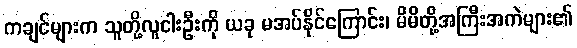
ကချင်များက သူတို့လူငါးဦးကို ယခု မအပ်နိုင်ကြောင်း၊ မိမိတို့အကြီးအကဲများ၏